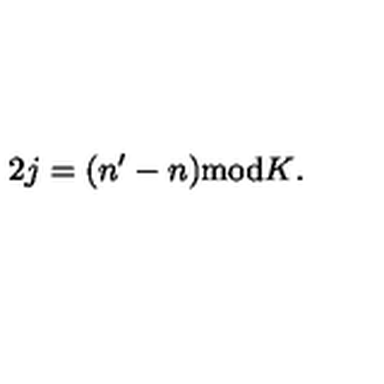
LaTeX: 2 j = ( n ^ { \prime } - n ) { } \mathrm { m o d } { } K { } .